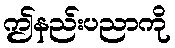
ဤနည်းပညာကို